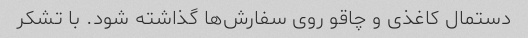
دستمال کاغذی و چاقو روی سفارش‌ها گذاشته شود. با تشکر